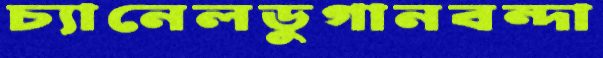
চ্যানেলডুগানবন্দা